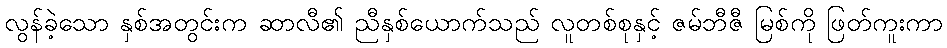
လွန်ခဲ့သော နှစ်အတွင်းက ဆာလီ၏ ညီနှစ်ယောက်သည် လူတစ်စုနှင့် ဇမ်ဘီဇီ မြစ်ကို ဖြတ်ကူးကာ